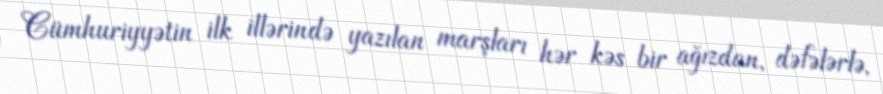
Cümhuriyyətin ilk illərində yazılan marşları hər kəs bir ağızdan, dəfələrlə,